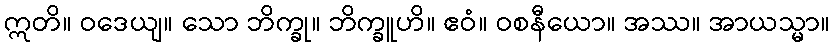
ဣတိ။ ဝဒေယျ။ သော ဘိက္ခု။ ဘိက္ခူဟိ။ ဧဝံ။ ဝစနီယော။ အဿ။ အာယသ္မာ။